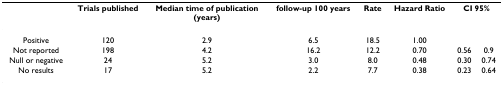
<table><thead><tr><td></td><td><b>Trials published</b></td><td><b>Median time of publication(years)</b></td><td><b>follow-up 100 years</b></td><td><b>Rate</b></td><td><b>Hazard Ratio</b></td><td colspan="2"><b>CI 95%</b></td></tr></thead><tbody><tr><td>Positive</td><td>120</td><td>2.9</td><td>6.5</td><td>18.5</td><td>1.00</td><td></td><td></td></tr><tr><td>Not reported</td><td>198</td><td>4.2</td><td>16.2</td><td>12.2</td><td>0.70</td><td>0.56</td><td>0.9</td></tr><tr><td>Null or negative</td><td>24</td><td>5.2</td><td>3.0</td><td>8.0</td><td>0.48</td><td>0.30</td><td>0.74</td></tr><tr><td>No results</td><td>17</td><td>5.2</td><td>2.2</td><td>7.7</td><td>0.38</td><td>0.23</td><td>0.64</td></tr></tbody></table>